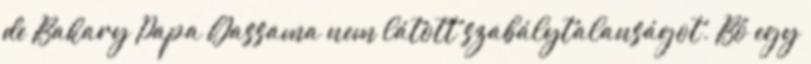
de Bakary Papa Gassama nem látott szabálytalanságot. Bő egy